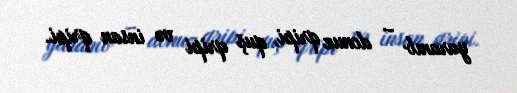
yaranıb – donuz qripi, quş qripi və insan qripi.